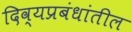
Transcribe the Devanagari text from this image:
दिव्यप्रबंधांतील